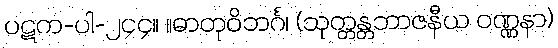
ပဋက-ပါ-၂၄၄။ ။ဓာတုဝိဘင်္ဂ၊ (သုတ္တန္တဘာဇနီယ ဝဏ္ဏနာ)